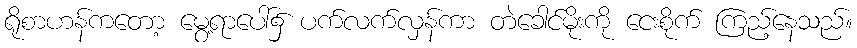
ရိုစာဟန်ကတော့ မွေ့ရာပေါ်၌ ပက်လက်လှန်ကာ တဲခေါင်မိုးကို ငေးစိုက် ကြည့်နေသည်။